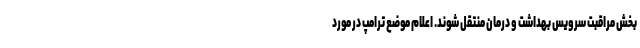
بخش مراقبت سرویس بهداشت و درمان منتقل شوند. اعلام موضع ترامپ در مورد